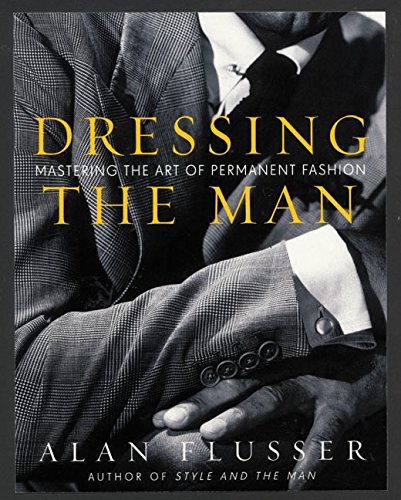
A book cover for Dressing the Man: Mastering the Art of Permanent Fashion; Alan Flusser; Arts & Photography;